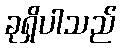
ခုရှိပါသည်